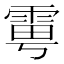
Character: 𩂾